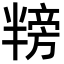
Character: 𪟸